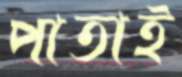
পাতাই